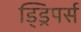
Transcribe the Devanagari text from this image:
ड्ड्रिपर्स